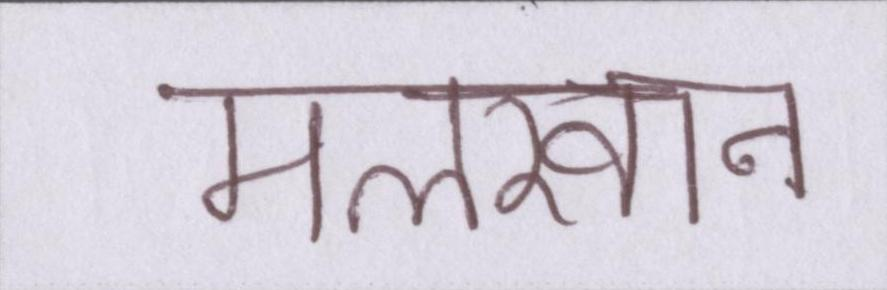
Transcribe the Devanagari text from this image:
मलखान